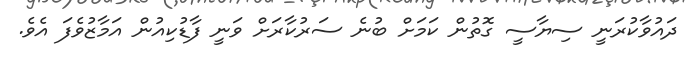
ދައުވާކުރަނީ ސިޔާސީ ގޮތުން ކަމަށް ބުނެ ސަރުކާރަށް ވަނީ ފާޑުކިއުން އަމާޒުވެފަ އެވެ.